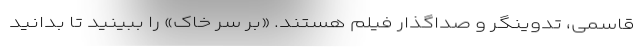
قاسمی، تدوینگر و صداگذار فیلم هستند. «بر سر خاک» را ببینید تا بدانید